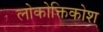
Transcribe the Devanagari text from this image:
लोकोक्तिकोश